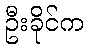
ဦးခိုင်က